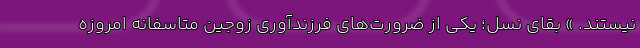
نیستند. » بقای نسل؛ یکی از ضرورت‌های فرزندآوری زوجین متاسفانه امروزه